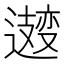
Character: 𫑆